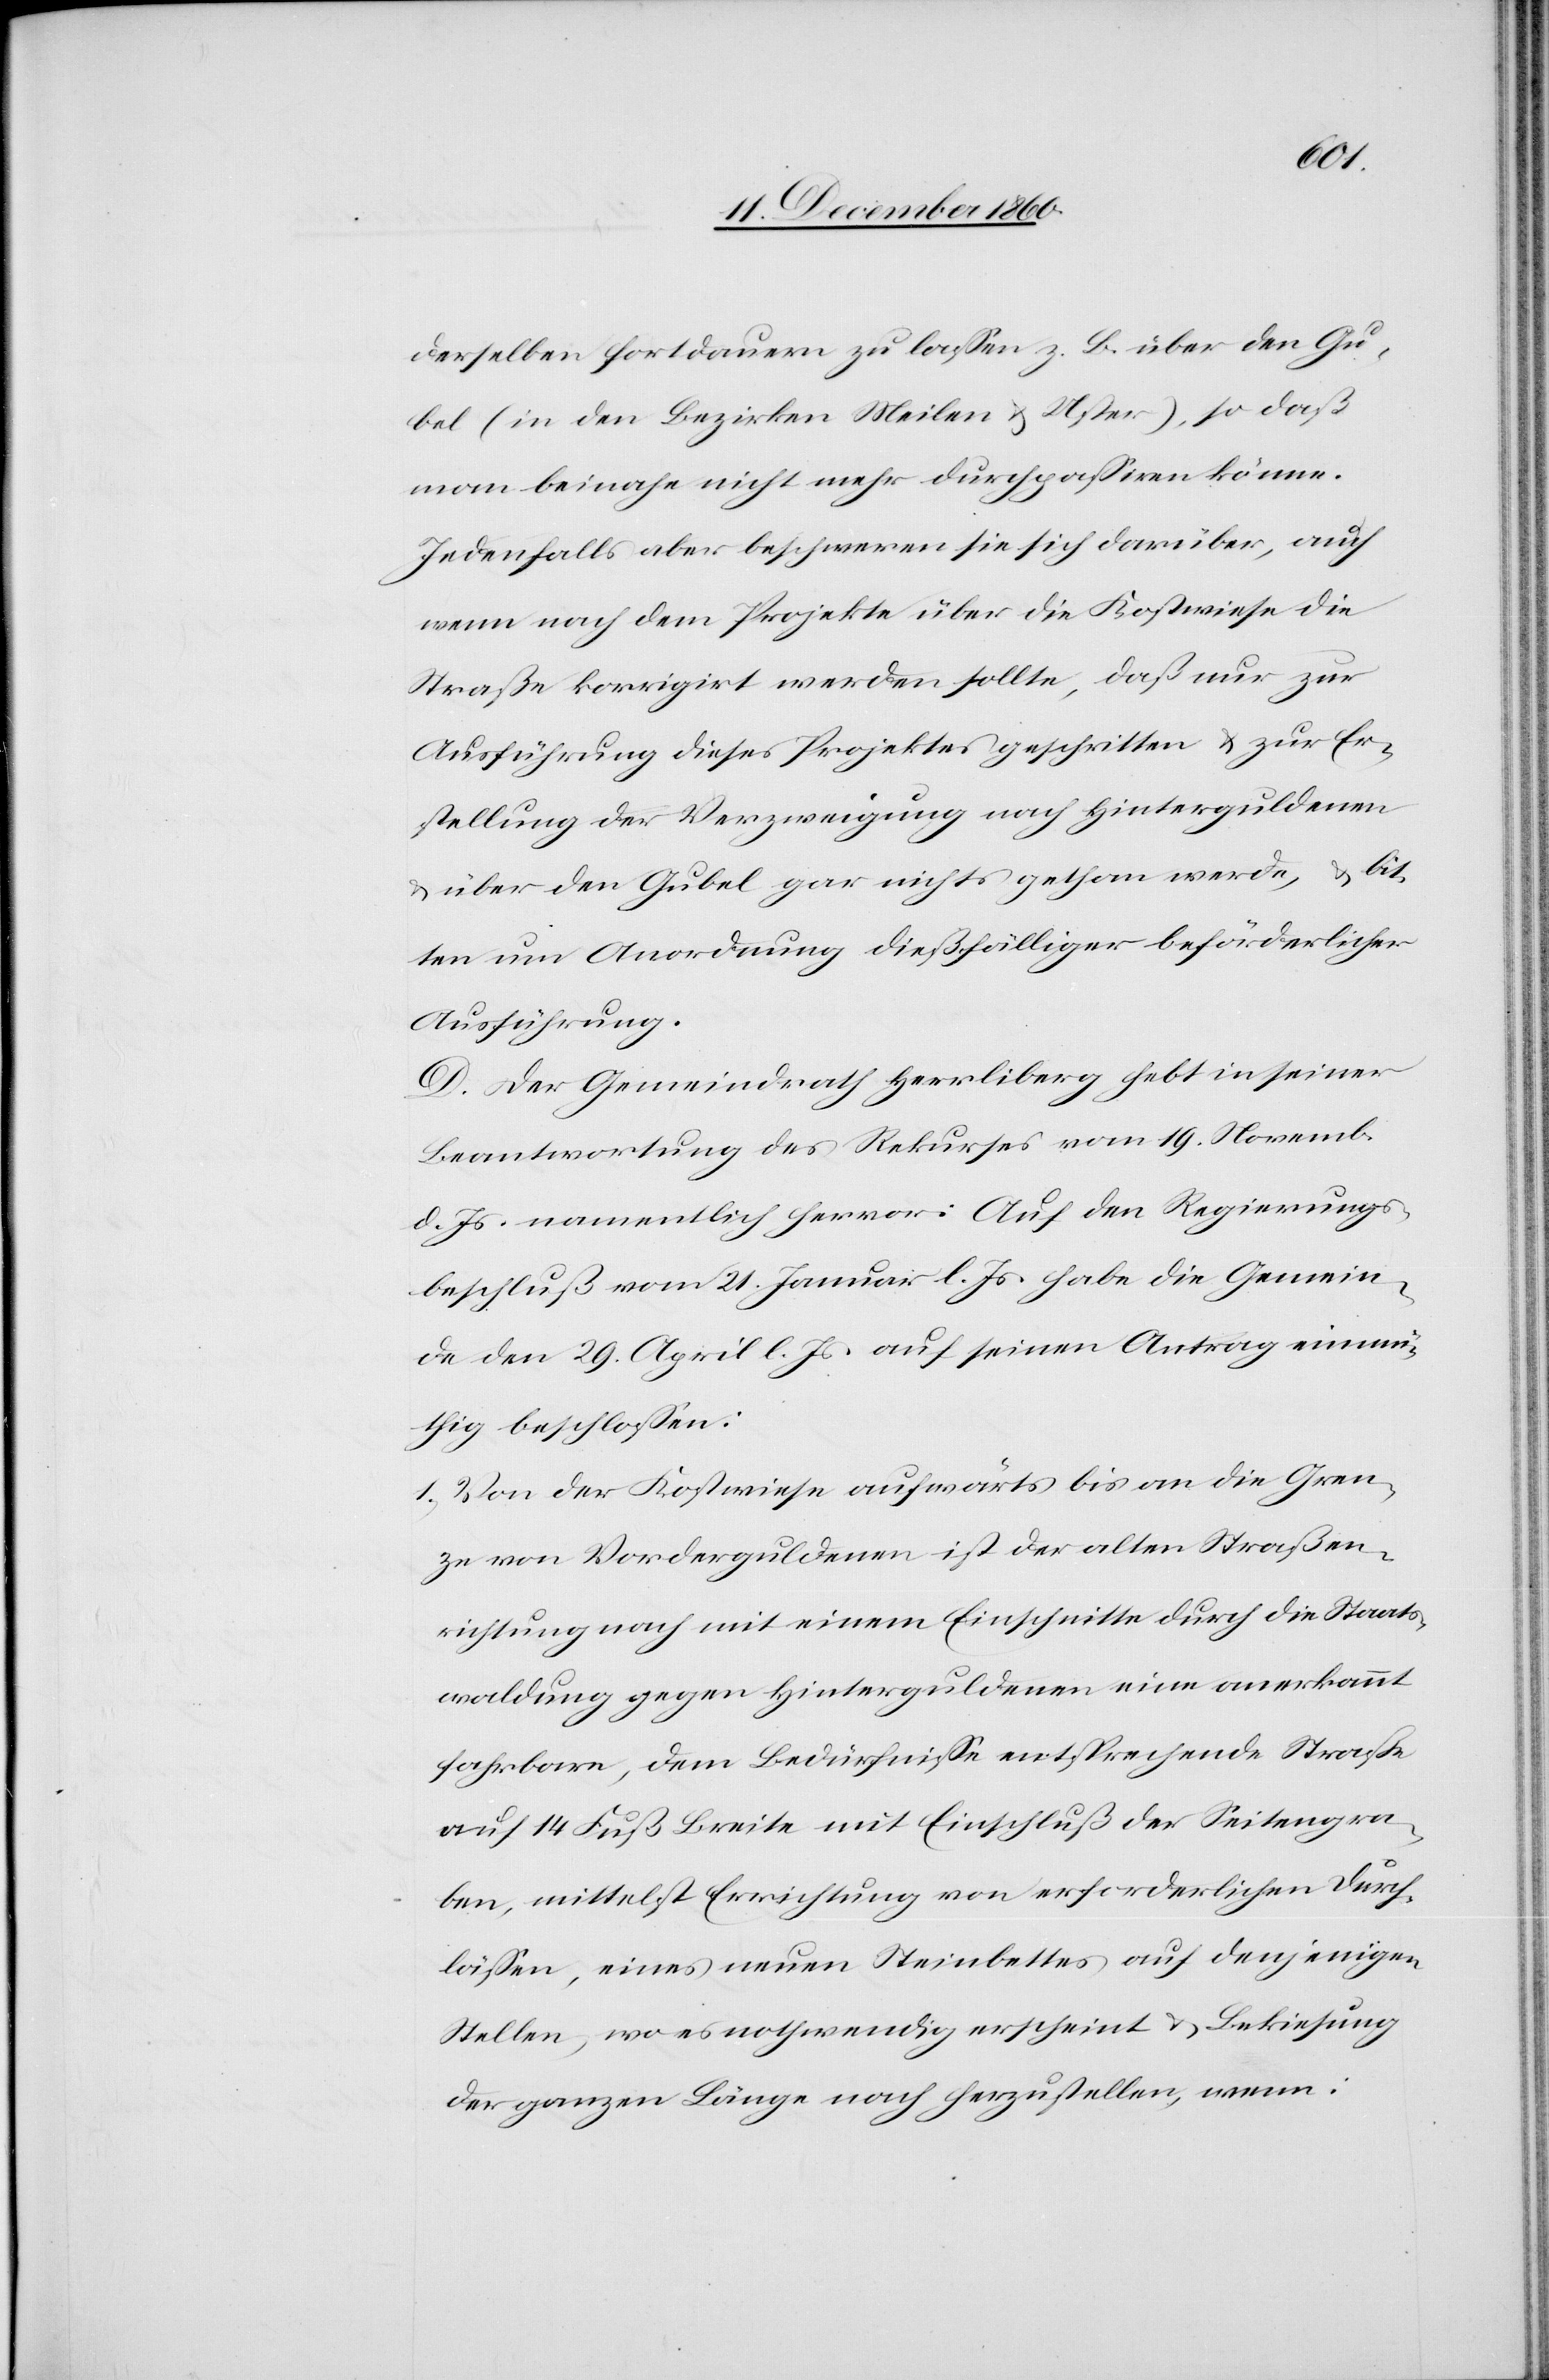
derselben fortdauern zu lassen z. B. über den Gu¬
bel (in den Bezirken Meilen u. Uster), so daß
man beinahe nicht mehr durchpassiren könne.
Jedenfalls aber beschweren sie sich darüber, auch
wenn nach dem Projekte über die Kostwiese die
Straße korrigirt werden sollte, daß nur zur
Ausführung dieses Projektes geschritten u. zur Er¬
stellung der Verzweigung nach Hinterguldenen
u. über den Gubel gar nichts gethan werde, u. bit¬
ten um Anordnung dießfälliger beförderlicher
Ausführung.
D. Der Gemeindrath Herrliberg hebt in seiner
Beantwortung des Rekurses vom 19. Novemb.
d. Js. namentlich hervor: Auf den Regierungs¬
beschluß vom 21. Januar l. Js. habe die Gemein¬
de den 29. April l. Js. auf seinen Antrag einmü¬
thig beschlossen:
1) Von der Kostwiese aufwärts bis an die Gren¬
ze von Vorderguldenen ist der alten Straßen¬
richtung nach mit einem Einschnitte durch die Staats¬
waldung gegen Hinterguldenen eine anerkannt
fahrbare, dem Bedürfnisse entsprechende Straße
auf 14 Fuß Breite mit Einschluß der Seitengra¬
ben, mittelst Errichtung von erforderlichen Durch¬
lässen, eines neuen Steinbettes auf denjenigen
Stellen, wo es nothwendig erscheint u. Bekiesung
der ganzen Länge nach herzustellen, wenn: